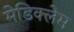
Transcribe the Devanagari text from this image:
मेडिक्लेम